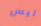
ليس